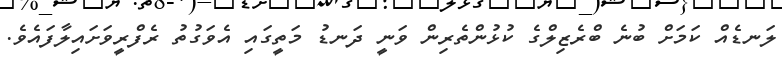
ލަނޑެއް ކަމަށް ބުނެ ބްރެޒިލްގެ ކުޅުންތެރިން ވަނީ ދަނޑު މަތީގައި އެވަގުތު ރެފްރީވަށައިލާފައެވެ.